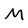
Character: M